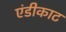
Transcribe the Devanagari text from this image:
एंडीकाट